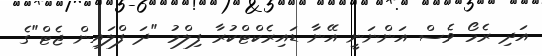
އަދި ރެމޯ ވެސް އަންނަނީ އޭނާ ޑައިރެކްޓްކުރާ ފިލްމު "ދަ ފްލައިން ޖެޓް"ގެ